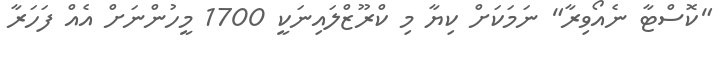
"ކޮސްޓާ ނެއޯވިރާ" ނަމަކަށް ކިޔާ މި ކްރޫޒްލައިނަކީ 1700 މީހުންނަށް އެއް ފަހަރާ